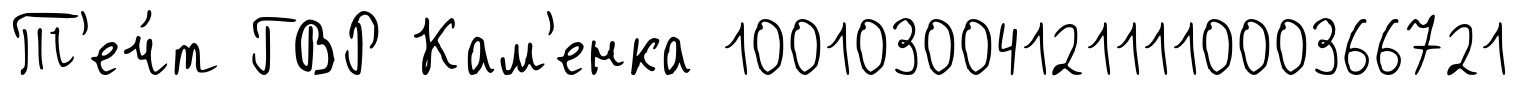
Т'еч́т ГВР Кам'енка 100103004121111000366721